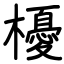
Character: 櫌